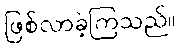
ဖြစ်လာခဲ့ကြသည်။